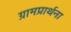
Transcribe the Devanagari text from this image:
ग्रामप्रार्थना